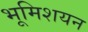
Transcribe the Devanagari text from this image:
भूमिशयन